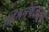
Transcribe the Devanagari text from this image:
विश्लेषकत्रय